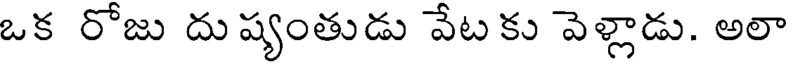
ఒక రోజు దు ష్యంతుడు వేటకు వెళ్లాడు. అలా